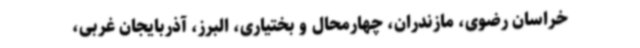
خراسان رضوی، مازندران، چهارمحال و بختیاری، البرز، آذربایجان غربی،